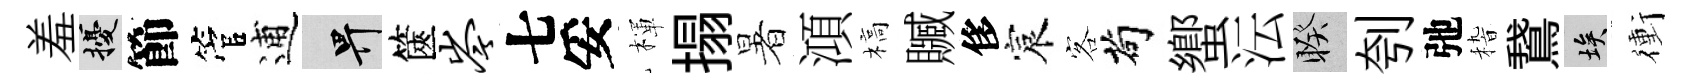
羞擾節管逋畀篋岑七妥楎搨暑澒槁贓侈宸客茍蠁沄睽刳弛𥟵鵞埃衝